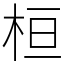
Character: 桓